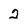
Character: 2